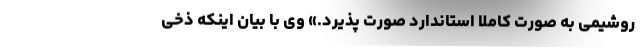
روشیمی به صورت کاملاً استاندارد صورت پذیرد.» وی با بیان اینکه ذخی